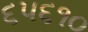
૬૫૬૧૦